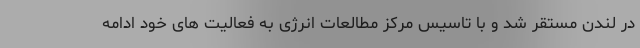
در لندن مستقر شد و با تاسیس مرکز مطالعات انرژی به فعالیت های خود ادامه